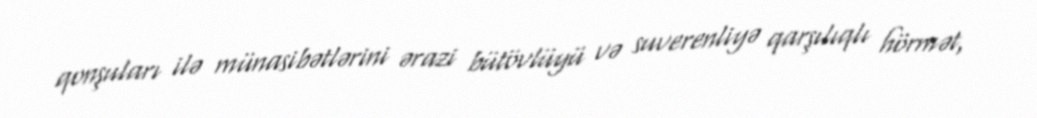
qonşuları ilə münasibətlərini ərazi bütövlüyü və suverenliyə qarşılıqlı hörmət,